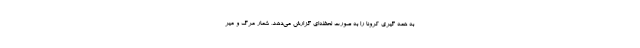
به همه گیری کرونا را به صورت لحظه‌ای گزارش می‌دهد، شمار مرگ و میر